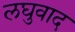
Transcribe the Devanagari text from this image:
लघुवाद